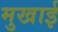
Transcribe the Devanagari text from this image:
मुखाई